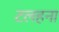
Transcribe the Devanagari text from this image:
टलहना